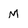
Character: M